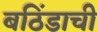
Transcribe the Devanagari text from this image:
बठिंडाची